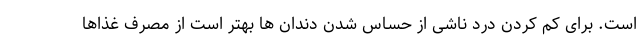
است. برای کم کردن درد ناشی از حساس شدن دندان ها بهتر است از مصرف غذاها